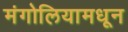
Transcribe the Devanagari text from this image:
मंगोलियामधून